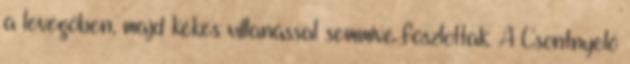
a levegőben, majd kékes villanással semmivé foszlottak. A Csontnyelő